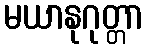
မယာနုဂုတ္တာ